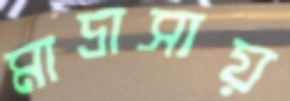
মাদ্রাসায়